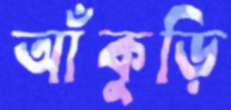
আঁকুড়ি